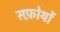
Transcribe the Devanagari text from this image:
सफ़ोयों